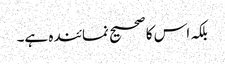
بلکہ اس کا صحیح نمائندہ ہے۔